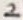
Text: 2